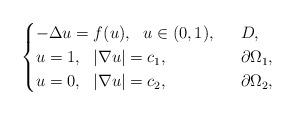
LaTeX: \begin{align*}\begin{cases}-\Delta u=f(u),\ \ u\in (0,1),&\ \ D,\\ u=1,\ \ |\nabla u|=c_1,&\ \ \partial \Omega_1,\\ u=0,\ \ |\nabla u|=c_2,&\ \ \partial \Omega_2,\\\end{cases}\end{align*}